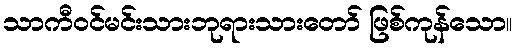
သာကီဝင်မင်းသားဘုရားသားတော် ဖြစ်ကုန်သော။